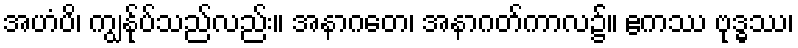
အဟံပိ၊ ကျွန်ုပ်သည်လည်း။ အနာဂတေ၊ အနာဂတ်ကာလ၌။ ဧကဿ ဗုဒ္ဓဿ၊